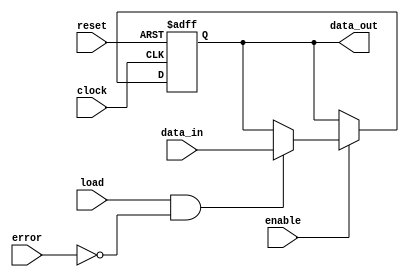
`timescale 1ns/1ns

module data_bistabil(clock, enable, reset, data_in, load, error, data_out);

    input clock, enable, reset, load, error;
    input [7:0] data_in;
    output [7:0] data_out;
    
    reg [7:0] data_out_ff, data_out_nxt;
    
    assign data_out = data_out_ff;
    
    always @ (*) begin
        data_out_nxt = data_out_ff;
        
        if (enable) begin
            if (load && !error) begin
                data_out_nxt = data_in;
            end 
            else begin
                data_out_nxt = data_out_ff;
            end
        end
    end
    
    always @ (posedge clock or posedge reset) begin
        if (reset) begin
            data_out_ff <= 8'hff;
        end
        else begin
            data_out_ff <= data_out_nxt;
        end        
    end
    
endmodule